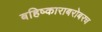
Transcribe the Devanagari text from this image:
बहिष्काराबरोबरच